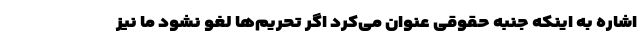
اشاره به اینکه جنبه حقوقی عنوان می‌کرد اگر تحریم‌ها لغو نشود ما نیز